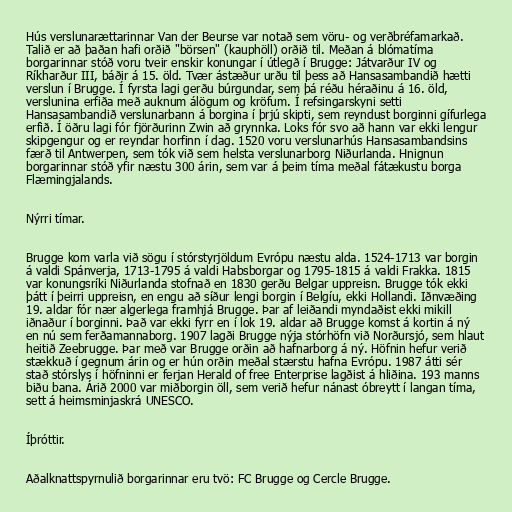
Hús verslunarættarinnar Van der Beurse var notað sem vöru- og verðbréfamarkað.
Talið er að þaðan hafi orðið "börsen" (kauphöll) orðið til. Meðan á blómatíma
borgarinnar stóð voru tveir enskir konungar í útlegð í Brugge: Játvarður IV og
Ríkharður III, báðir á 15. öld. Tvær ástæður urðu til þess að Hansasambandið hætti
verslun í Brugge. Í fyrsta lagi gerðu búrgundar, sem þá réðu héraðinu á 16. öld,
verslunina erfiða með auknum álögum og kröfum. Í refsingarskyni setti
Hansasambandið verslunarbann á borgina í þrjú skipti, sem reyndust borginni gífurlega
erfið. Í öðru lagi fór fjörðurinn Zwin að grynnka. Loks fór svo að hann var ekki lengur
skipgengur og er reyndar horfinn í dag. 1520 voru verslunarhús Hansasambandsins
færð til Antwerpen, sem tók við sem helsta verslunarborg Niðurlanda. Hnignun
borgarinnar stóð yfir næstu 300 árin, sem var á þeim tíma meðal fátækustu borga
Flæmingjalands.

Nýrri tímar.

Brugge kom varla við sögu í stórstyrjöldum Evrópu næstu alda. 1524-1713 var borgin
á valdi Spánverja, 1713-1795 á valdi Habsborgar og 1795-1815 á valdi Frakka. 1815
var konungsríki Niðurlanda stofnað en 1830 gerðu Belgar uppreisn. Brugge tók ekki
þátt í þeirri uppreisn, en engu að síður lengi borgin í Belgíu, ekki Hollandi. Iðnvæðing
19. aldar fór nær algerlega framhjá Brugge. Þar af leiðandi myndaðist ekki mikill
iðnaður í borginni. Það var ekki fyrr en í lok 19. aldar að Brugge komst á kortin á ný
en nú sem ferðamannaborg. 1907 lagði Brugge nýja stórhöfn við Norðursjó, sem hlaut
heitið Zeebrugge. Þar með var Brugge orðin að hafnarborg á ný. Höfnin hefur verið
stækkuð í gegnum árin og er hún orðin meðal stærstu hafna Evrópu. 1987 átti sér
stað stórslys í höfninni er ferjan Herald of free Enterprise lagðist á hliðina. 193 manns
biðu bana. Árið 2000 var miðborgin öll, sem verið hefur nánast óbreytt í langan tíma,
sett á heimsminjaskrá UNESCO.

Íþróttir.

Aðalknattspyrnulið borgarinnar eru tvö: FC Brugge og Cercle Brugge.